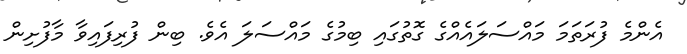
އެންމެ ފުރަތަމަ މައްސަލައެއްގެ ގޮތުގައި ބިމުގެ މައްސަލަ އެވެ. ބިން ފުރިފައިވާ މާފުށިން